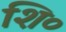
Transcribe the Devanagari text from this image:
शि०